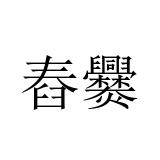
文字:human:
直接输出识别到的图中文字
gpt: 舂爨